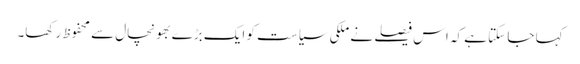
کہا جا سکتا ہے کہ اس فیصلے نے ملکی سیاست کو ایک بڑے بھونچال سے محفوظ رکھا۔